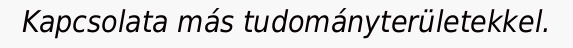
Kapcsolata más tudományterületekkel.